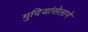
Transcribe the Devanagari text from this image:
मुदियांसेलागे